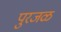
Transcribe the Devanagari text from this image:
पुरजळ